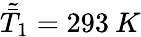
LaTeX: \tilde{\bar{T}}_{1}=293\: K